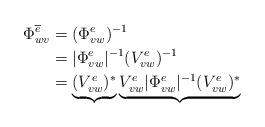
LaTeX: \begin{align*} \Phi^{\overline{e}}_{wv} &= (\Phi^e_{vw})^{-1}\\ &= |\Phi^e_{vw}|^{-1} (V^e_{vw})^{-1}\\ &= \underbrace{(V^e_{vw})^*}_{} \underbrace{V^e_{vw} |\Phi^e_{vw}|^{-1} (V^e_{vw})^*}_{}\end{align*}